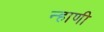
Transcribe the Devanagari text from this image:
न्हाणी